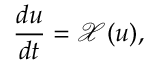
\frac { d u } { d t } = \mathcal { X } ( u ) ,